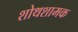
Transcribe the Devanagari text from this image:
शोथशामक